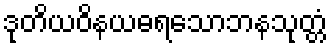
ဒုတိယဝိနယဓရသောဘနသုတ္တံ